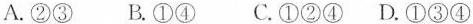
A.②③ B.①④ C.①②④D.①③④